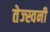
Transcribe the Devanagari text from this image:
तेज्स्वनी